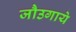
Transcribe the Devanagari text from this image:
जौउगाये